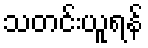
သတင်းယူရန်